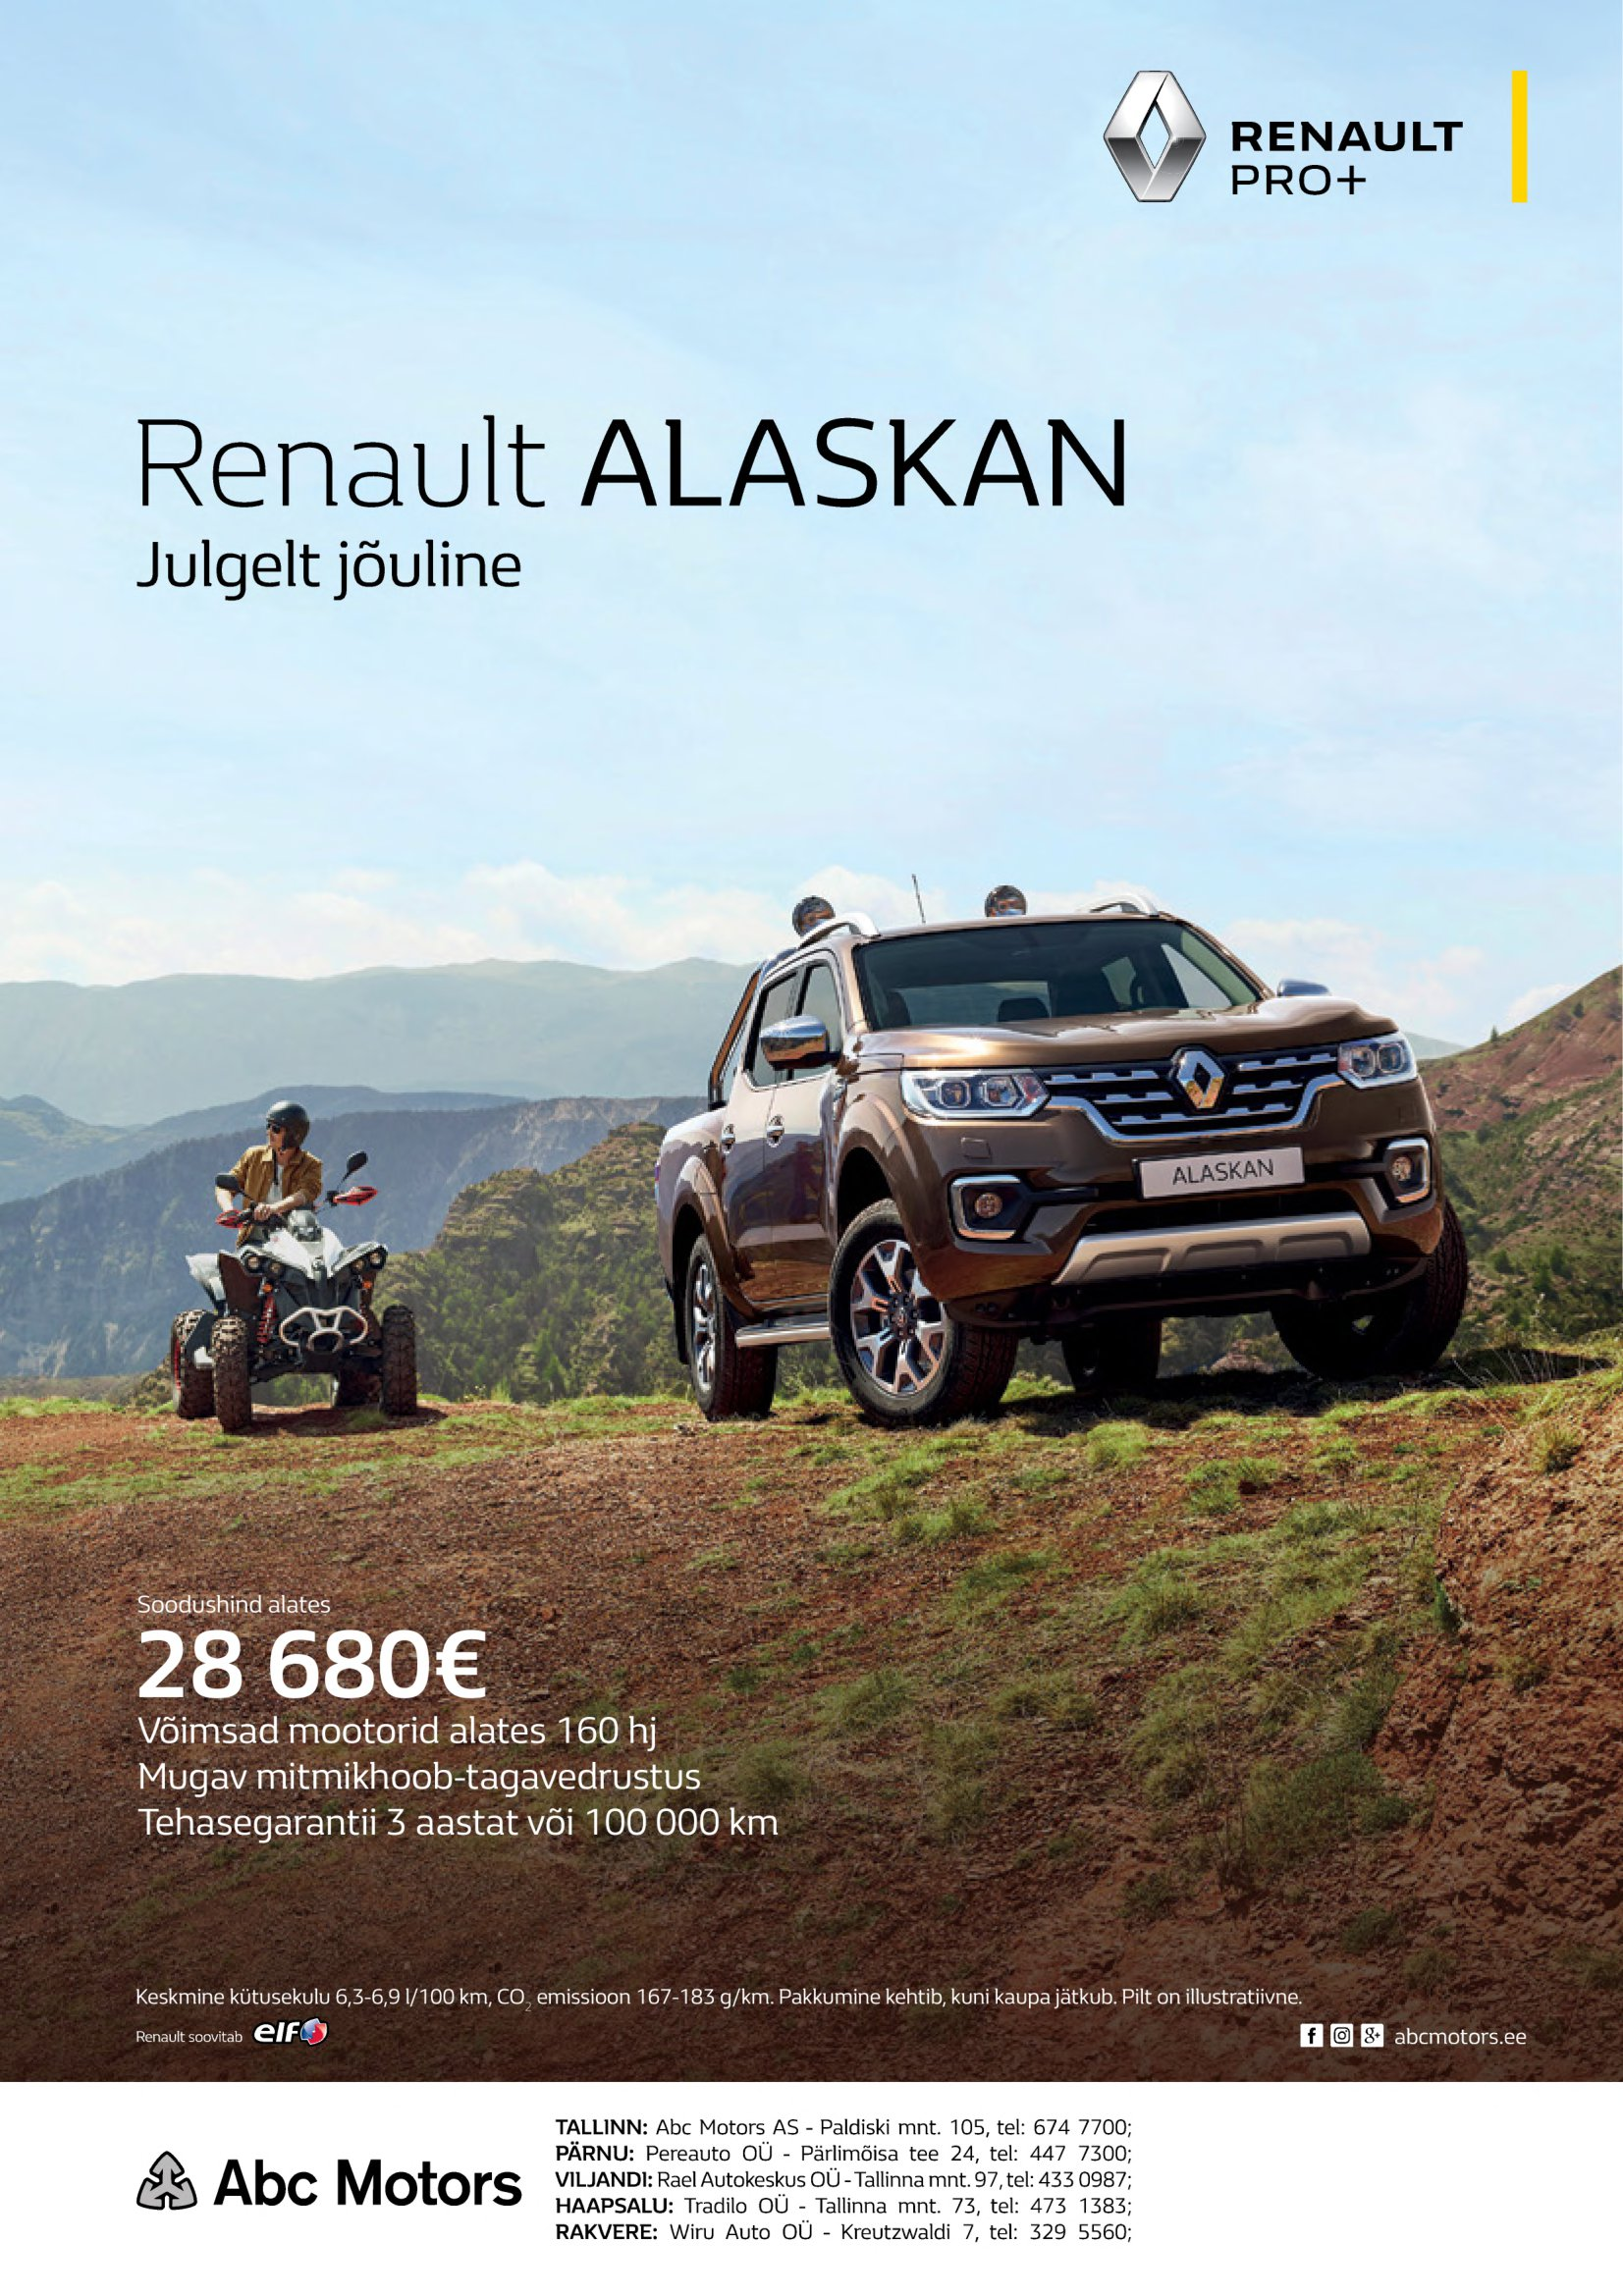
Language: et